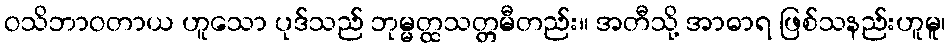
ဝသိဘာဝတာယ ဟူသော ပုဒ်သည် ဘုမ္မတ္ထသတ္တမီတည်း။ အတီသို့ အာဓာရ ဖြစ်သနည်းဟူမူ၊